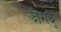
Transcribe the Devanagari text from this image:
झोंगदू